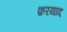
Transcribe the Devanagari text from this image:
फ़रयाद